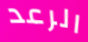
الرعد